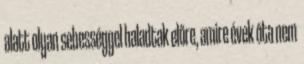
alatt olyan sebességgel haladtak előre, amire évek óta nem